Lunatic asylums in Bengal annual reports 1888-1898 - 1888-1898
Year: 1888
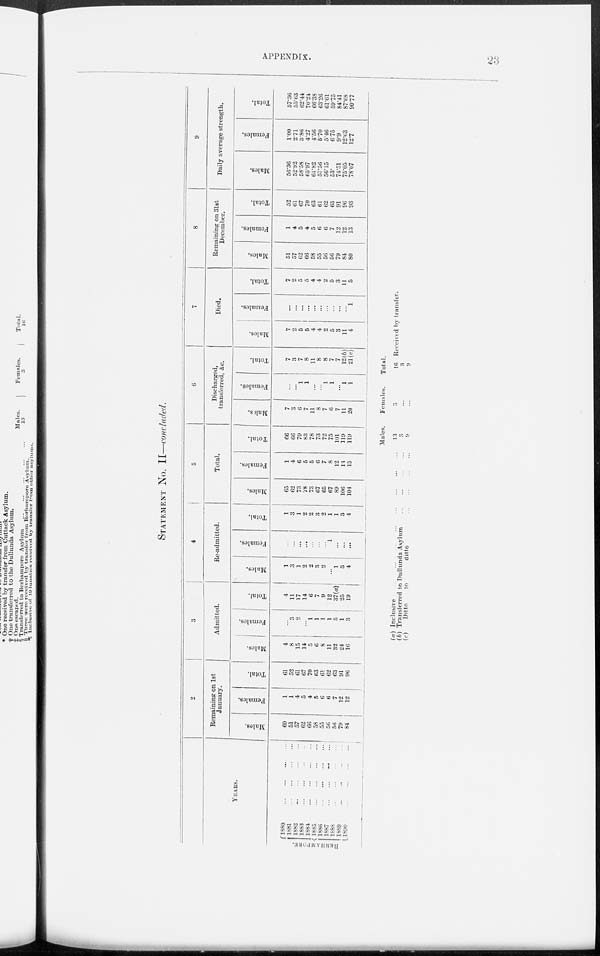
APPENDIX.
23
STATEMENT No. II—concluded.
YEARS.
BERHAMPORE.
1880
...
...
...
...
1881
...
...
...
...
1882 ... ... ... ...
1883
...
...
...
...
1884
...
...
...
...
1885
...
...
...
...
1886
...
...
...
...
1887
...
...
...
...
1888
...
...
...
...
1889
...
...
...
...
1890
...
...
...
...
2
Remaining on 1st
January.
Males.
60
51
57
62
66
58
55
56
56
79
84
Females.
1
1
4
5
4
5
6
6
7
12
12
Total.
61
52
61
67
70
63
61
62
63
91
96
3
Admitted.
Males.
4
8
15
14
5
6
8
11
32
24
16
Females.
...
3
2
...
1
1
1
1
5
1
3
Total.
4
11
17
14
6
7
9
12
37(a)
25
19
4
Re-admitted.
Males.
1
3
1
2
2
3
2
...
1
3
4
Females.
...
...
...
...
...
...
...
1
...
...
...
Total.
1
3
1
2
2
3
2
1
1
3
4
5
Total.
Males.
65
62
73
78
73
67
65
67
89
106
104
Females.
1
4
6
5
5
6
7
8
12
13
15
Total.
66
66
79
83
78
73
72
75
101
119
119
6
Discharged,
transferred, &c.
Males.
7
3
6
7
11
8
7
6
7
11
20
Females.
...
...
1
1
...
...
1
1
...
1
1
Total.
7
3
7
8
11
8
8
7
7
12(b)
21(c)
7
Died.
Males.
7
2
5
5
4
4
2
5
3
11
4
Females.
...
...
...
...
...
...
...
...
...
...
1
Total.
7
2
5
5
4
4
2
5
3
11
5
8
Remaining on 31st
December.
Males.
51
57
62
66
58
55
56
56
79
84
80
Females.
1
4
5
4
5
6
6
7
12
12
13
Total.
52
61
67
70
63
61
62
63
91
96
93
9
Daily average strength.
Males.
56.36
52.92
58.58
65.97
61.82
57.56
56.15
53.
74.51
75.05
78.07
Females.
1.00
2.71
3.86
4.27
4.56
5.70
5.46
6.75
9.9
12.63
12.7
Total.
57.36
55.63
62.44
70.24
66.38
63.26
61.61
59.75
84.41
87.68
90.77
(a) Inclusive
...
...
...
...
...
...
...
...
(b) Transferred to Dullunda Asylum
...
...
...
...
(c)
Ditto
to
ditto
...
...
...
...
Males.
13
3
9
Females.
3
...
...
Total.
16 Received by transfer.
3
9